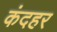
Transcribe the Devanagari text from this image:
कंदहर